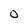
Character: O